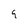
Character: 9